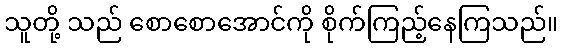
သူတို့ သည် စောစောအောင်ကို စိုက်ကြည့်နေကြသည်။